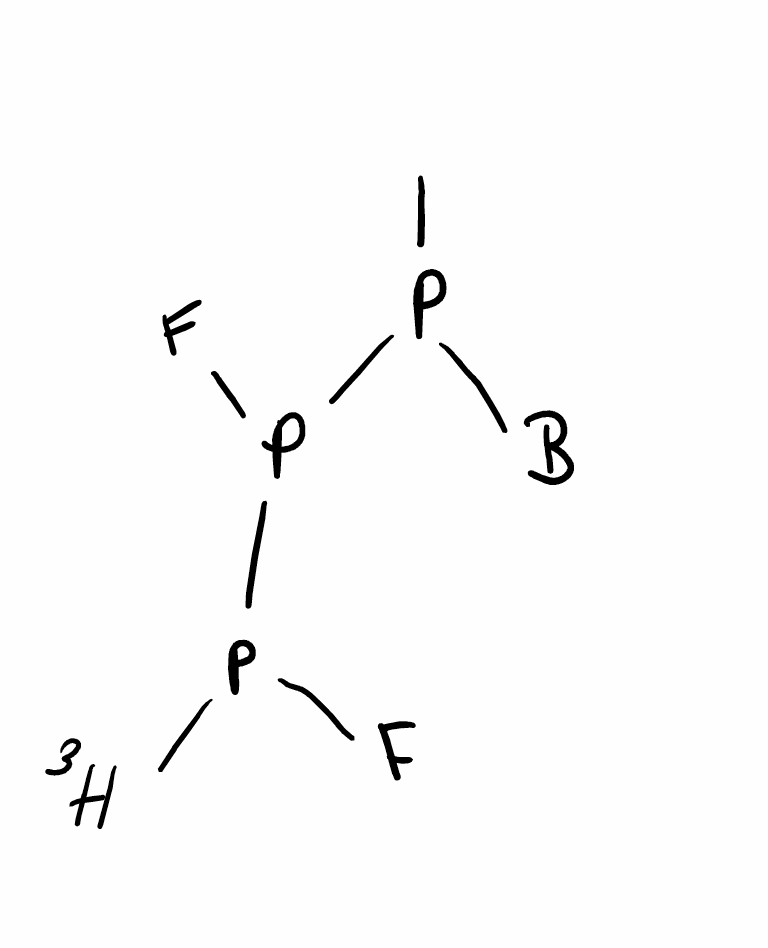
Simplified molecular-input line-entry system (SMILES) notation of the given molecule:
[3H]P(F)P(F)P([B])C